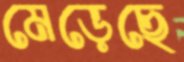
মেড়েছে